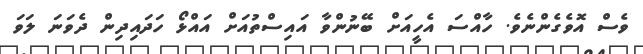
ވެސް އޮވެގެންނެވެ. ހާއްސަ އެހީއަށް ބޭނުންވާ އައިސްތުއަށް އައްޅޯ ހަދައިދިން ދެވަނަ ލަވަ